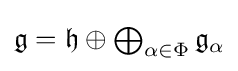
{\textstyle {\mathfrak {g}}={\mathfrak {h}}\oplus \bigoplus _{\alpha \in \Phi }{\mathfrak {g}}_{\alpha }}